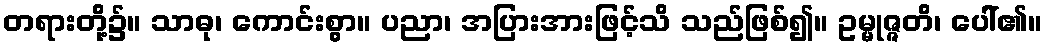
တရားတို့၌။ သာဓု၊ ကောင်းစွာ။ ပညာ၊ အပြားအားဖြင့်သိ သည်ဖြစ်၍။ ဥမ္မုဇ္ဇတိ၊ ပေါ်၏။